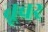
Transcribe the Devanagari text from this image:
तूवर